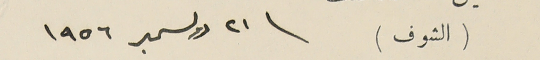
(الشوف) \ ٢١ دوسمبر ١٩٥٦